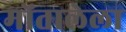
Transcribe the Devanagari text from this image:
मोंतालेला